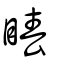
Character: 睶